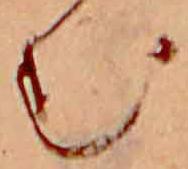
む